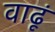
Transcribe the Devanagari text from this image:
वाढूं